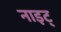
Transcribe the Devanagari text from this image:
नाइट्